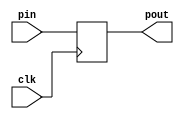
`timescale 1ns / 1ps


module PIPO(
    input [3:0]pin,
    input clk,
    output reg [3:0]pout
    );
    
    always @( posedge clk) begin 
        pout = pin;
    end
endmodule